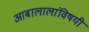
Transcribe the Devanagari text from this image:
आबालालांविषयी